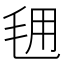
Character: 𭯕